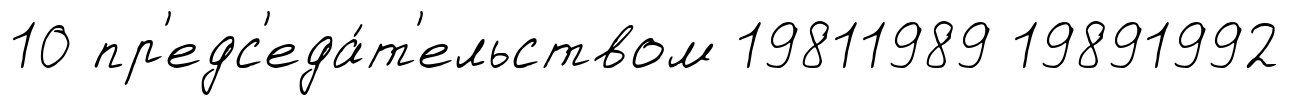
10 пр'едс'еда́т'ельством 19811989 19891992